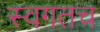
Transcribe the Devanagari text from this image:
स्वगतच